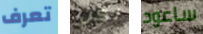
تعرف لكن ساعود